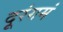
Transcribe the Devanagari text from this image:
दूरंगमं